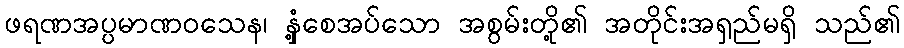
ဖရဏအပ္ပမာဏဝသေန၊ နှံ့စေအပ်သော အစွမ်းတို့၏ အတိုင်းအရှည်မရှိ သည်၏